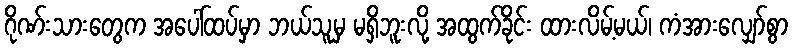
ဂိုဏ်းသားတွေက အပေါ်ထပ်မှာ ဘယ်သူမှ မရှိဘူးလို့ အထွက်ခိုင်း ထားလိမ့်မယ်၊ ကံအားလျှော်စွာ